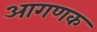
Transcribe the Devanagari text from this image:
आगणक